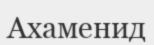
Ахаменид